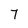
Character: 7